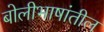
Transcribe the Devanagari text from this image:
बोलीभाषांतील